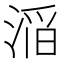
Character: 㴞